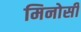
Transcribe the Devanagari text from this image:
मिनोसी